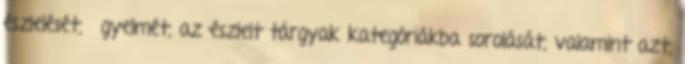
észlelését, ﬁgyelmét, az észlelt tárgyak kategóriákba sorolását, valamint azt,